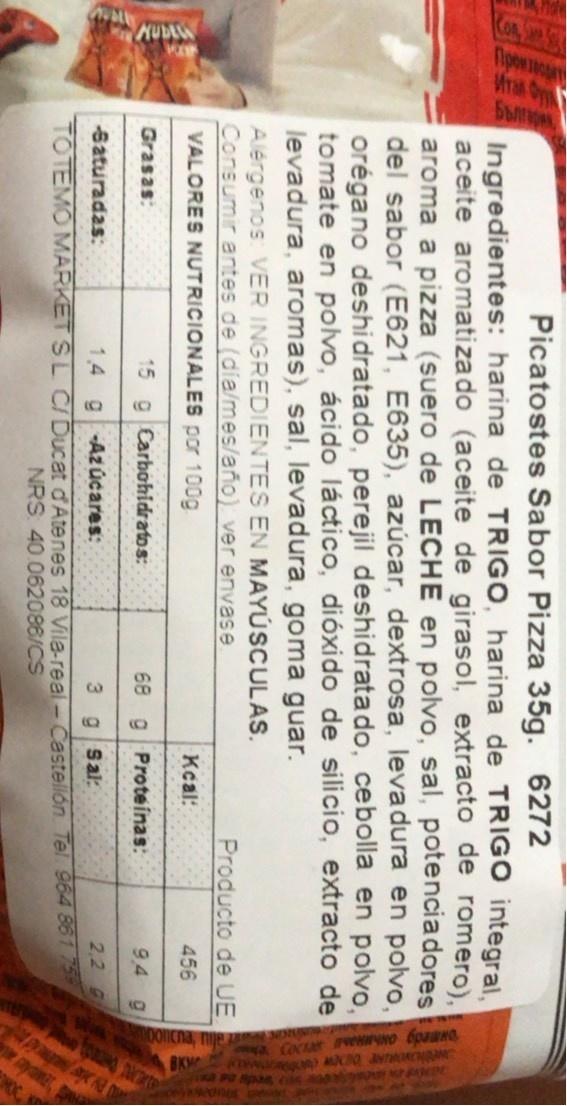
Picatostes Sabor Pizza 35g. 6272
Ingredientes: harina de TRIGO, harina de TRIGO integral. aceite aromatiza do (aceite de girasol, extracto de romero), aroma a pizza (suero de LECHE en polvo, sal, potenciadores del sabor (E621, E635), azúcar, dextrosa, levadura en polvo, orégano deshidratado, perejil deshidratado, cebolla en polvo, tomate en polvo, ácido láctico, dióxido de silicio, extracto de levadura, aromas), sal, levadura, goma guar. Alérgenos: VER INGREDIEN TES EN MAYÚSCULAS. Consumir antes de (dia/mes/año) ver envase
Producto de UE
VALORES NUTRICIONALES por 100g
Kcal:
456
Grasas:
15 g Carbohidratos:
68 g Proteínas:
9,4 g
Saturadas:
1.4 g-Az úcares:
3 gSal:
2,2 G
TOTEMO MARKET SL C/ Ducat d'Atenes 18 Vila-real- Castellón Tel. 964 8612 NRS 40.062086/CS